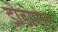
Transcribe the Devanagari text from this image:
डोडोएंस